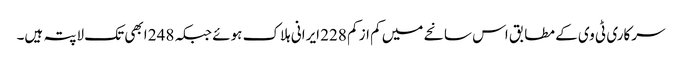
سرکاری ٹی وی کے مطابق اس سانحے میں کم از کم 228 ایرانی ہلاک ہوئے جبکہ 248 ابھی تک لاپتہ ہیں۔